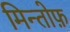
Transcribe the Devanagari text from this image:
मिन्तोफ़